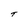
Character: T